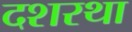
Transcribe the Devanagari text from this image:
दशरथा